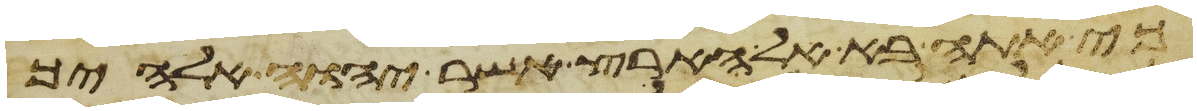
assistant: כי אתה בא אל הארץ אשר יהוה אלהיך